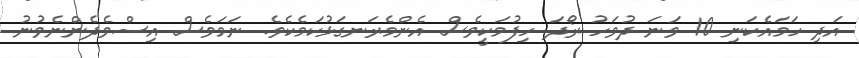
އަދި ހަމައެކަނި 10 ވަނަ ދުވަހު ރޯދަ ހިފުމަކީވެސް އެންމެރަނގަޅުކަމެކެވެ. ނަމަވެސް އިސްވެދެންނެވުނު